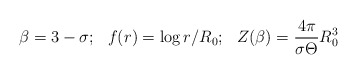
\begin{align*}\beta = 3-\sigma; \,\,\,\, f(r) =\log r/R_0; \,\,\,\,Z(\beta)=\frac{4 \pi}{\sigma {\Theta}} R_0^3\end{align*}